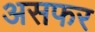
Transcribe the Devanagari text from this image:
असफर